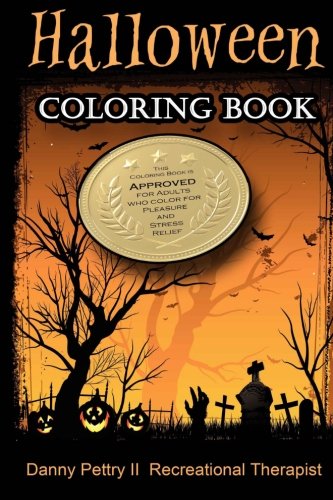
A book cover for Halloween Coloring Book: Approved for adults who color for pleasure and stress relief; Danny Pettry II; Crafts, Hobbies & Home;